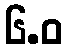
၆.ဝ